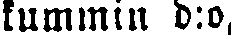
kummin d:o,